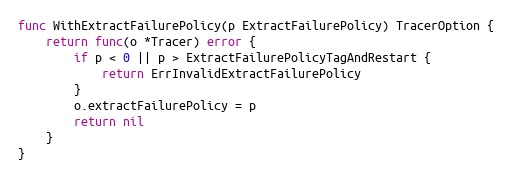
Language: Go
func WithExtractFailurePolicy(p ExtractFailurePolicy) TracerOption {
	return func(o *Tracer) error {
		if p < 0 || p > ExtractFailurePolicyTagAndRestart {
			return ErrInvalidExtractFailurePolicy
		}
		o.extractFailurePolicy = p
		return nil
	}
}